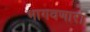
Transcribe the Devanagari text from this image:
भागवणारा